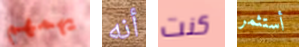
يهمهم أنه كنت أستثمر